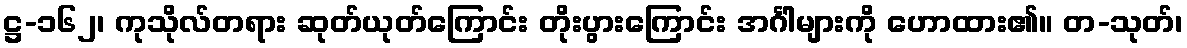
ဋ္ဌ-၁၆၂၊ ကုသိုလ်တရား ဆုတ်ယုတ်ကြောင်း တိုးပွားကြောင်း အင်္ဂါများကို ဟောထား၏။ တ-သုတ်၊